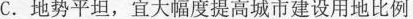
C.地势平坦，宜大幅度提高城市建设用地比例